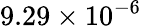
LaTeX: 9.29\times 10^{-6}